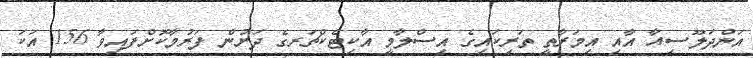
އަންދަލޫސިއާ އާއި އިމަރާތީ ތަރިކައިގެ އިސްލާމީ އާކިޓެކްޗަރގެ ދަށުން ފަރުމާކޮށްފައިވާ 156 އަކަ